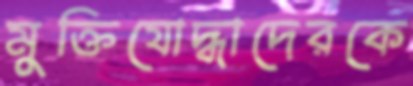
মুক্তিযোদ্ধাদেরকে